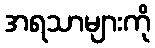
အရသာများကို